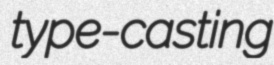
type-casting